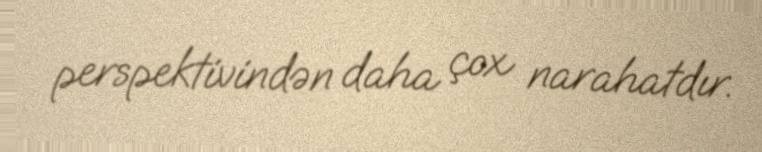
perspektivindən daha çox narahatdır.